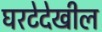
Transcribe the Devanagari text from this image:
घरटेदेखील